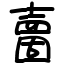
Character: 夁